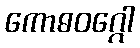
ကောဓဝဂ္ဂေါ